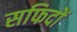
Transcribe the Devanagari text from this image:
सफिदों